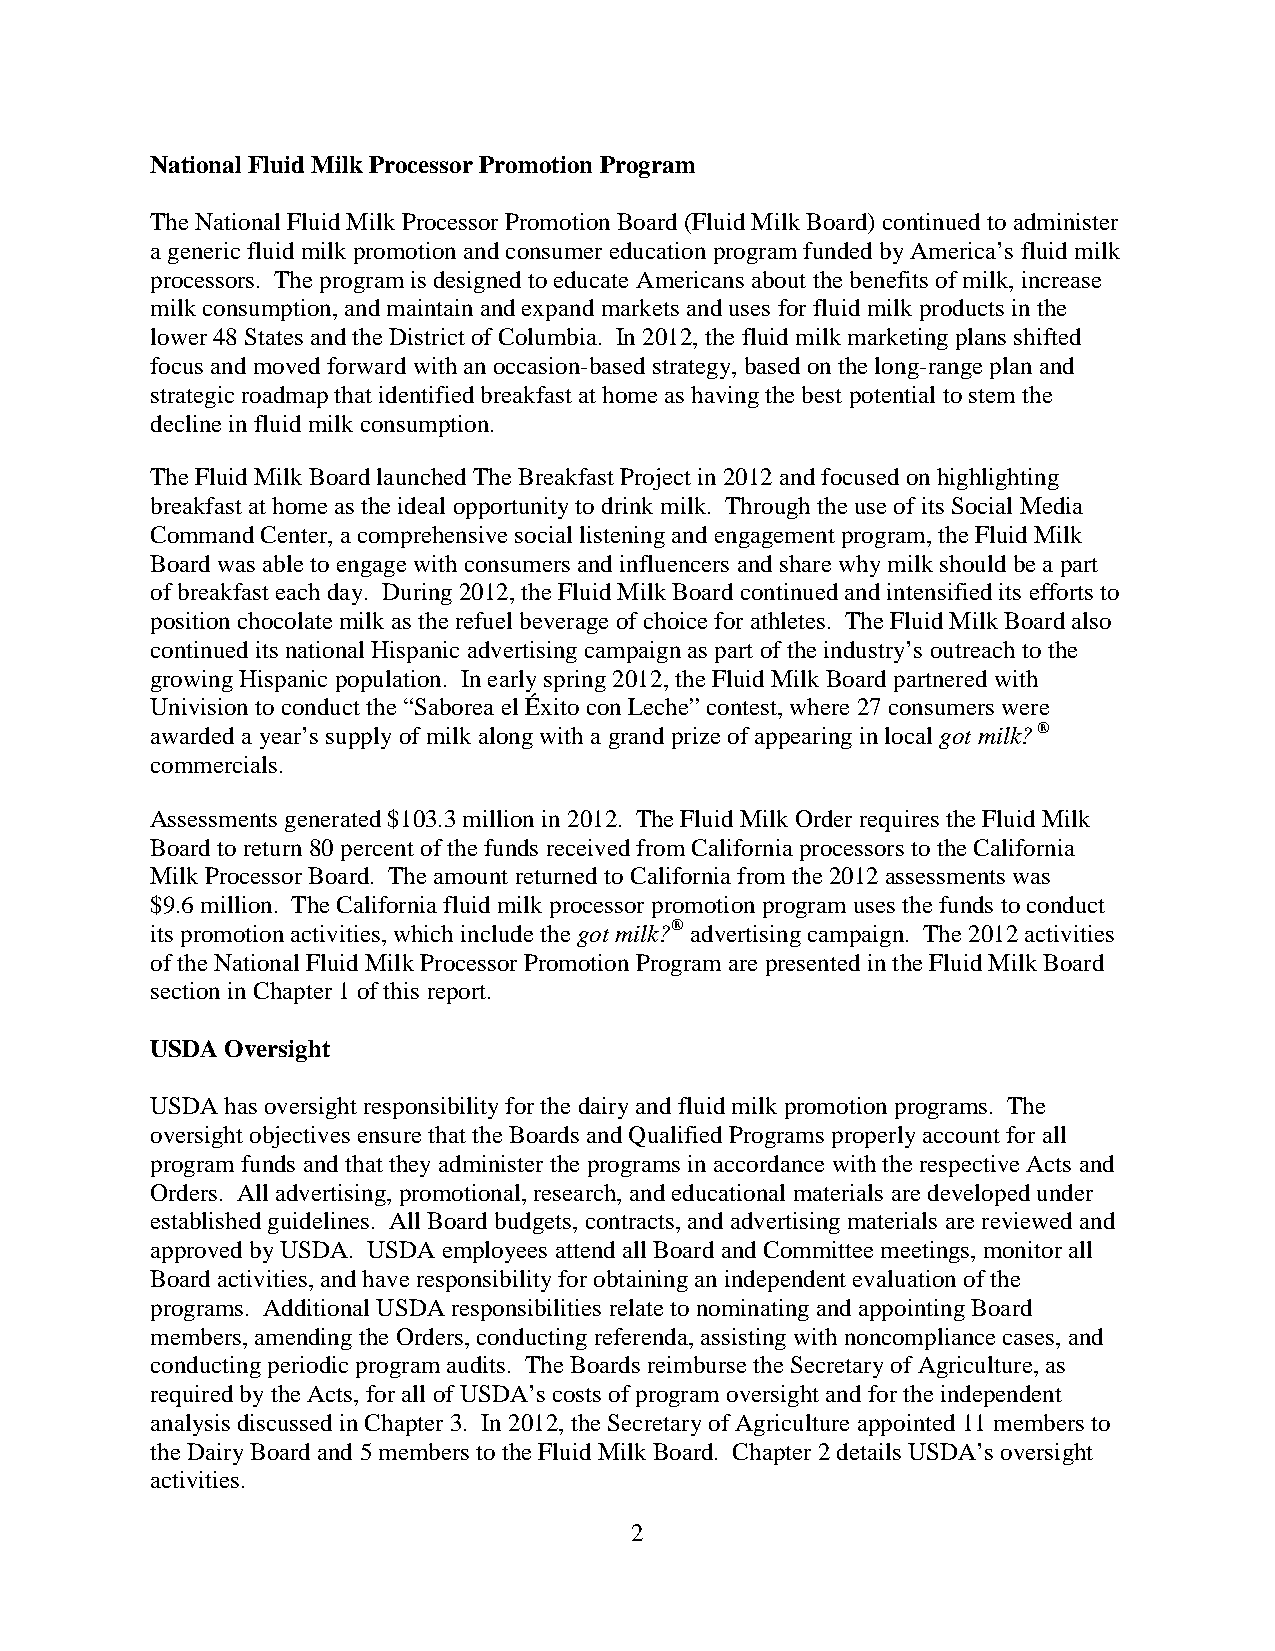
National Fluid Milk Processor Promotion Program
 The National Fluid Milk Processor Promotion Board (Fluid Milk Board) continued to administer
 a generic fluid milk promotion and consumer education program funded by America’s fluid milk
 processors. The program is designed to educate Americans about the benefits of milk, increase
 milk consumption, and maintain and expand markets and uses for fluid milk products in the
 lower 48 States and the District of Columbia. In 2012, the fluid milk marketing plans shifted
 focus and moved forward with an occasion-based strategy, based on the long-range plan and
 strategic roadmap that identified breakfast at home as having the best potential to stem the
 decline in fluid milk consumption.
 The Fluid Milk Board launched The Breakfast Project in 2012 and focused on highlighting
 breakfast at home as the ideal opportunity to drink milk. Through the use of its Social Media
 Command Center, a comprehensive social listening and engagement program, the Fluid Milk
 Board was able to engage with consumers and influencers and share why milk should be a part
 of breakfast each day. During 2012, the Fluid Milk Board continued and intensified its efforts to
 position chocolate milk as the refuel beverage of choice for athletes. The Fluid Milk Board also
 continued its national Hispanic advertising campaign as part of the industry’s outreach to the
 growing Hispanic population. In early spring 2012, the Fluid Milk Board partnered with
 Univision to conduct the “Saborea el Éxito con Leche” contest, where 27 consumers were
 awarded a year’s supply of milk along with a grand prize of appearing in local got milk? ®
 commercials.
 Assessments generated $103.3 million in 2012. The Fluid Milk Order requires the Fluid Milk
 Board to return 80 percent of the funds received from California processors to the California
 Milk Processor Board. The amount returned to California from the 2012 assessments was
 $9.6 million. The California fluid milk processor promotion program uses the funds to conduct
 its promotion activities, which include the got milk?® advertising campaign. The 2012 activities
 of the National Fluid Milk Processor Promotion Program are presented in the Fluid Milk Board
 section in Chapter 1 of this report.
 USDA Oversight
 USDA has oversight responsibility for the dairy and fluid milk promotion programs. The
 oversight objectives ensure that the Boards and Qualified Programs properly account for all
 program funds and that they administer the programs in accordance with the respective Acts and
 Orders. All advertising, promotional, research, and educational materials are developed under
 established guidelines. All Board budgets, contracts, and advertising materials are reviewed and
 approved by USDA. USDA employees attend all Board and Committee meetings, monitor all
 Board activities, and have responsibility for obtaining an independent evaluation of the
 programs. Additional USDA responsibilities relate to nominating and appointing Board
 members, amending the Orders, conducting referenda, assisting with noncompliance cases, and
 conducting periodic program audits. The Boards reimburse the Secretary of Agriculture, as
 required by the Acts, for all of USDA’s costs of program oversight and for the independent
 analysis discussed in Chapter 3. In 2012, the Secretary of Agriculture appointed 11 members to
 the Dairy Board and 5 members to the Fluid Milk Board. Chapter 2 details USDA’s oversight
 activities.
 2